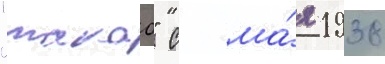
"такао" с ма́я 1938